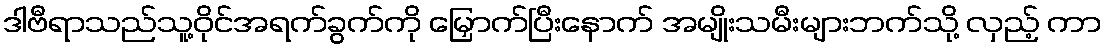
ဒါဗီရာသည်သူ့ဝိုင်အရက်ခွက်ကို မြှောက်ပြီးနောက် အမျိုးသမီးများဘက်သို့ လှည့် ကာ